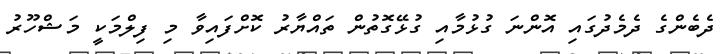
ދެބެންގެ ދެމެދުގައި އޮންނަ ގުޅުމާއި ގުޅޭގޮތުން ތައްޔާރު ކޮށްފައިވާ މި ފިލްމަކީ މަޝްހޫރު